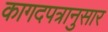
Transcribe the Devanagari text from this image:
कागदपत्रानुसार